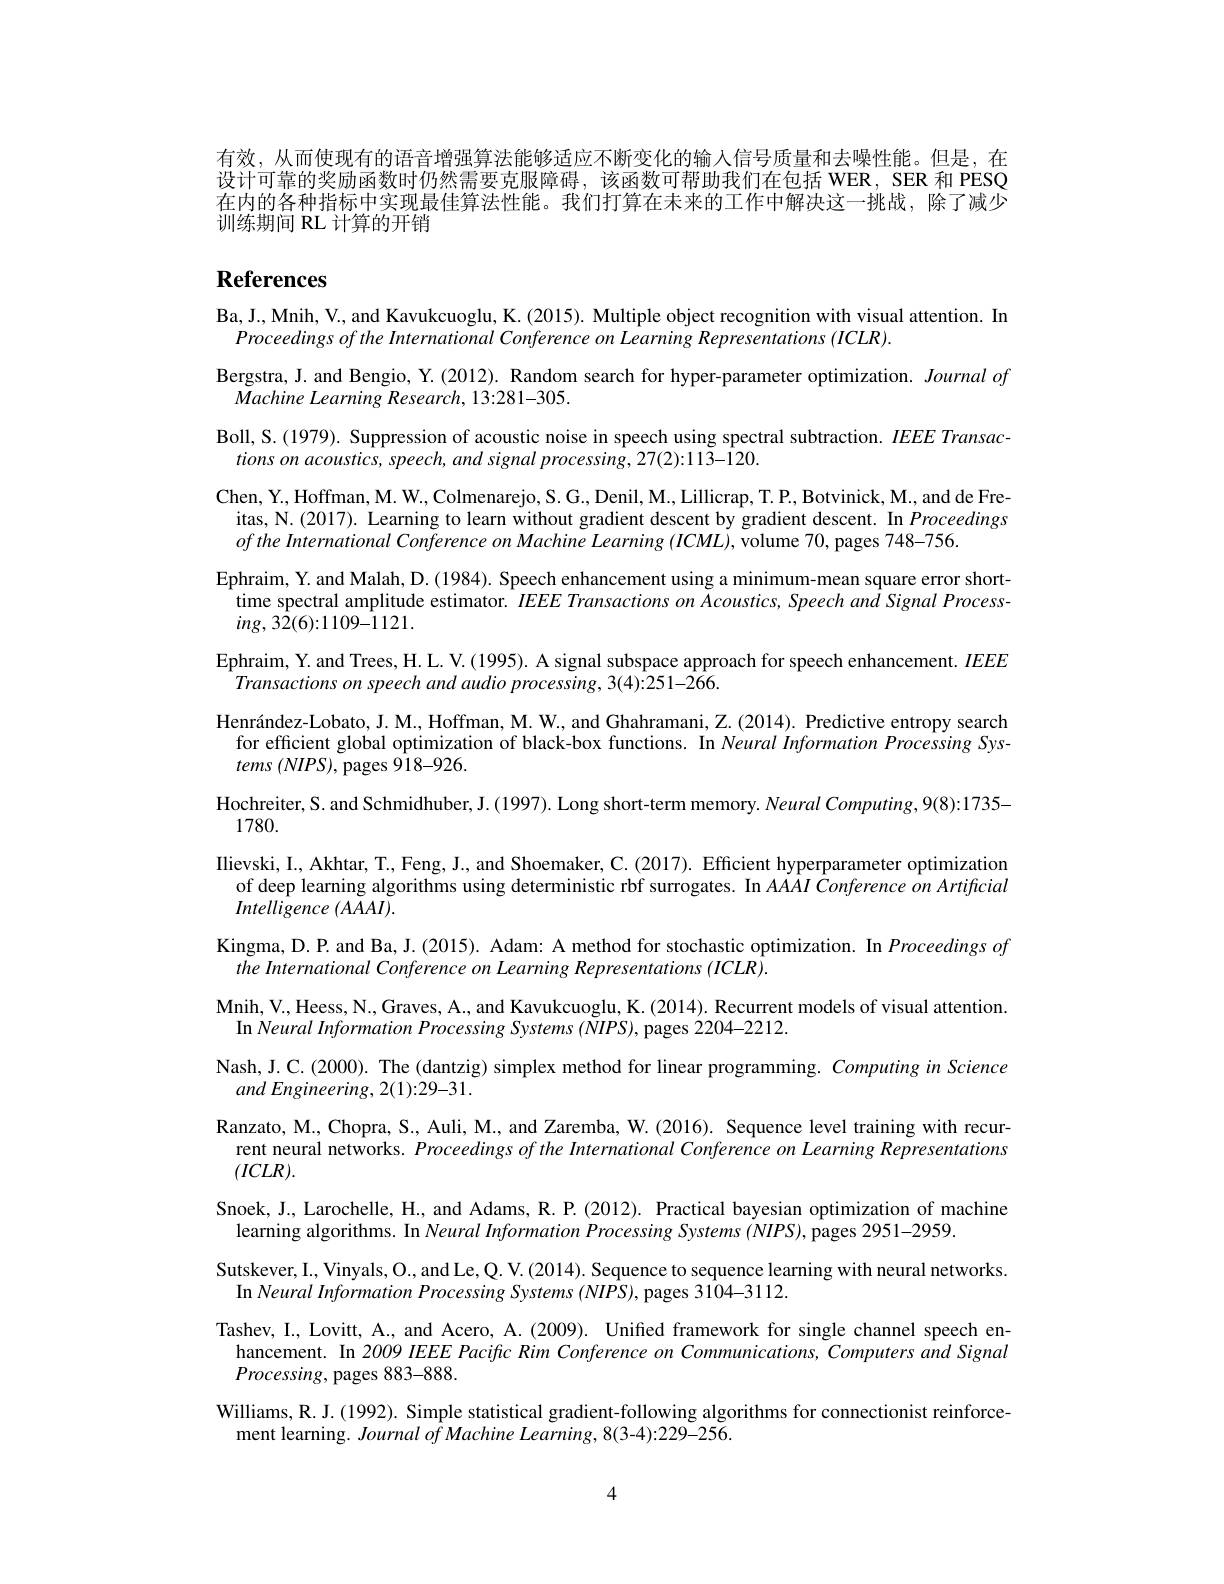
有效，从而使现有的语音增强算法能够适应不断变化的输入信号质量和去噪性能。但是，在设计可靠的奖励函数时仍然需要克服障碍，该函数可帮助我们在包括 WER, SER 和 PESQ 在内的各种指标中实现最佳算法性能。我们打算在未来的工作中解决这一挑战，除了减少训练期间 RL 计算的开销

# References

Ba, J., Mnih, V., and Kavukcuoglu, K. (2015). Multiple object recognition with visual attention. In
Proceedings of the International Conference on Learning Representations (ICLR)
Bergstra, J. and Bengio, Y. ( 2012) . Random search for hyper- parameter optimization. Journal of
Machine Learning Research, 13:281-305
Boll, S. (1979). Suppression of acoustic noise in speech using spectral subtraction. $IEEE\textit{Transac- }$
tions on acoustics, speech, and signal processing, 27(2):113-120.
Chen, Y., Hoffman, M. W., Colmenarejo, S. G., Denil, M., Lillicrap, T. P., Botvinick, M., and de Freitas, N. (2017). Learning to learn without gradient descent by gradient descent. In Proceedings ofthe International Conference on Machine Learning (ICML), volume 70, pages 748-756
Ephraim, Y. and Malah, D. (1984). Speech enhancement using a minimum-mean square error shorttime spectral amplitude estimator. $IEEE\textit{Transactions on Acoustics, Speech and Signal Process- }$ $ing,32(6){:}1109{-}1121.$
Ephraim, Y. and Trees, H. L. V. ( 1995) . A signal subspace approach for speech enhancement. $IEEE$
Transactions on speech and audio processing, 3(4):251-266
Henr$\' {a}$ndez- Lobato, J. M. , Hoffman, M. W. , and Ghahramani, Z. ( 2014) . Predictive entropy search
for efficient global optimization of black-box functions. In Neural Information Processing Sys-
$tems~(NIPS)$, pages 918-926.
Hochreiter, S. and Schmidhuber, J. ( 1997) . Long short- term memory. Neural Computing, 9( 8) : 1735-
1780.
Ilievski, I. , Akhtar, T. , Feng, J. , and Shoemaker, C. ( 2017) . Effcient hyperparameter optimization of deep learning algorithms using deterministic rbf surrogates. In $AAAI$ Conference on Artificial Intelligence (AAAI).
Kingma, D.P. and Ba, J.(2015). Adam: A method for stochastic optimization. In Proceedings of
the International Conference on Learning Representations (ICLR).
Mnih, V. , Heess, N. , Graves,  A. ,  and Kavukcuoglu,  K.  ( 2014) .  Recurrent models of visual attention
In Neural Information Processing Systems ( WIPS), pages 2204-2212.
Nash, J. C. (2000). The (dantzig) simplex method for linear programming. Computing in Science
and Engineering, 2(1):29-31.
Ranzato, M., Chopra, S., Auli, M., and Zaremba, W. (2016). Sequence level training with recur-
rent neural networks. Proceedings of the International Conference on Learning Representations
$(ICLR).$
Snoek, J., Larochelle, H., and Adams, R. P.(2012). Practical bayesian optimization of machine
learning algorithms. In Neural Information Processing Systems (NIPS), pages 2951-2959
Sutskever, I., Vinyals, O., and Le, Q. V. (2014). Sequence to sequence learning with neural networks
In Neural Information Processing Systems (NIPS), pages 3104-3112.
Tashev, I., Lovitt, A.., and Acero, A. (2009). Unified framework for single channel speech en-
hancement. In 2009 IEEE Pacific Rim Conference on Communications, Computers and Signal
Processing, pages 883-888
Williams, R. J. (1992). Simple statistical gradient-following algorithms for connectionist reinforce-
ment learning. Journal of Machine Learning, 8(3-4):229-256.

4